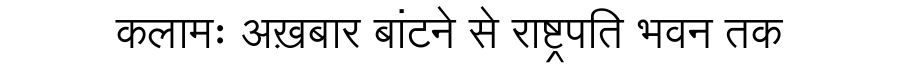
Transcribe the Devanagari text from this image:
कलामः अख़बार बांटने से राष्ट्रपति भवन तक